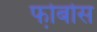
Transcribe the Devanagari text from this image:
फो़बोस